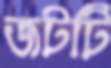
জটটি